Statistical return of the lunatic asylum in Assam - 1912-1932
Year: 1912
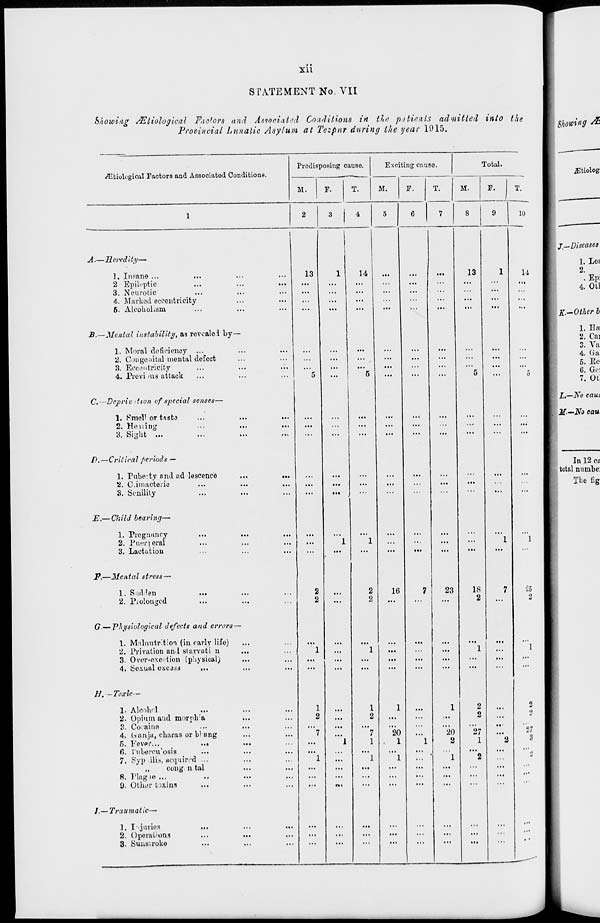
Xll
STATEMENT No. VII
Showing AStiological Factors and Associated Conditions in tic patients admitted into the
Provincial Lunatic Asylum at Tezpur during the year 1015.
/Etiological Factors and Associated Conditions.
A.—Heredity—
1. Insane ...
..
2 Epileptic
3. Neurotic
4. Marked eccentricity
6. Alcoholism
B.—Mental instability, as revcalei by—
1. Moral deficiency ...
2. Congenital mental defect
3. Eccentricity
4. Provi aid attack
C.—Dcpriv tton of special senses'
1. Smell or tasks
2. Healing
3. Sight ...
/>,—Critical periods —
1. Puberty and ad lescenco
2. Ciimacterio
3. Senility
E.— Child bearing—
1. Pregnancy
2. Puer] eral
3. Lactation
F.—Mental stress —
1. Sudden
2. Prolonged
G' .—.Physiological defects and errors—
1. Malnutrition (in early life)
2. Privation and stavvati n
3. Over-exertion (physical)
4. Sexual exedds
...
.
H. -Toxic—
1. Alcohol
...
2. Opium and morprra
...
3. Cocaine
...
4. (ianja, charas or b! ang
I..
5. Fev«»p...
...
...
6. I'nbercu'osia
...
7. Syp ilis, acquired •••
...
,,
coug n tal
...
B. Ping ie ...
..
...
9. Other toxins
...
/.— Traumatic—
1. I'juries
2. Operations
3. Sunstroke
...
Predisposing cause.
M.
13
2
2
3
I
4
14
Exciting cause.
M.
16
20
1
F.
T.
23
Total.
M.
1
2
••
2
20
27
2
1
13
18
2
F.
10
14
2
t>
27
3
7.- -Diseases
1. Let
2.
. Epi
4. Otl
K-- -Other b
1. Ha
2. Ca]
3. Va
4. Ga
5. Re
6. Gei
7. Ot
L.~ -No cam
Jf.- -No cau,